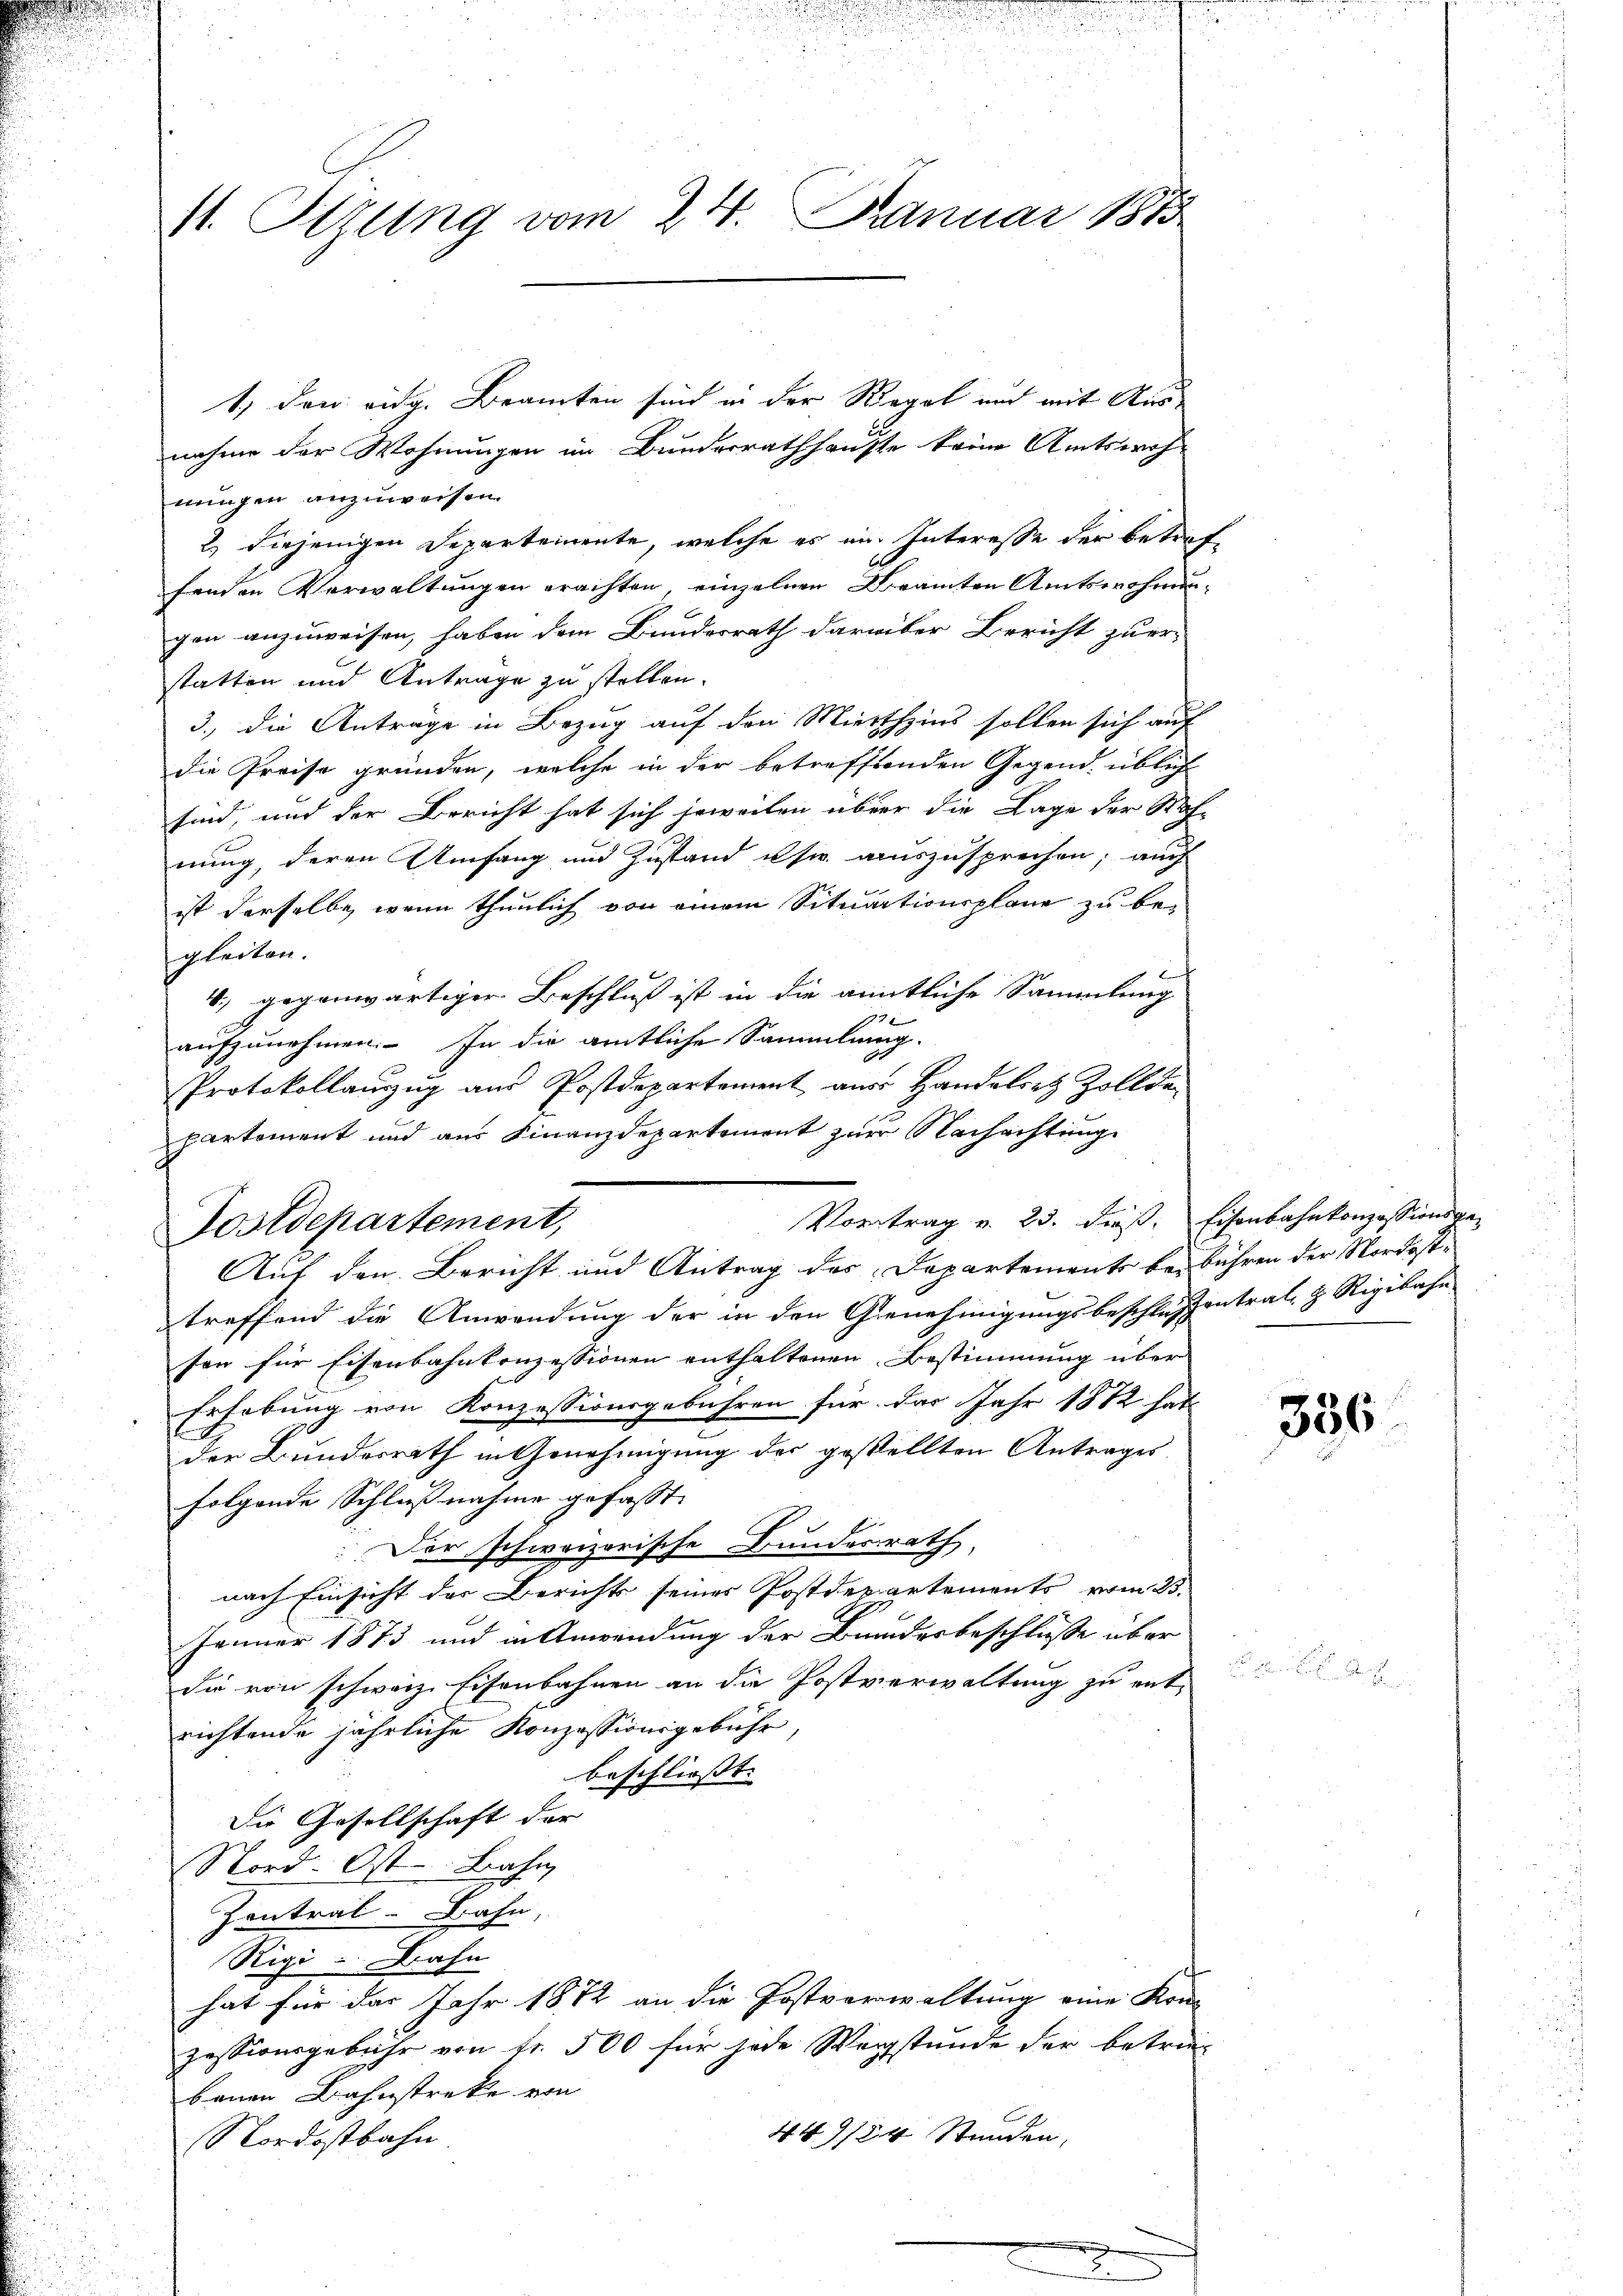
11. Sitzung vom 24. Januar 1850

Postdepartement,

1.) den eidg. Beamten sind in der Regel auch mit Aus
nungen anzuweisen.
2.) Diejenigen Separtemente, welche es im Interesse der betrefenden Verwaltungen erachten, einzelnen Beamten Amtswohnungen anzuweisen, haben dem Bundesrath darüber Bericht zuer-
statten und Antrage zu stellen.
3.) Die Antrage in Bezug auf den Miethzins sollen sich auf
die Preise gründen, welche in der betreffenden Gegend üblich
sind, und der Bericht hat sich jeweilen über die Lage der Nach-
nung, deren Umfang und Zustand usw. auszusprechen; auch
ist derselbe, wenn thunlich von einem Situationsplane zu begleiten.
B
4. gegenwärtiger Beschluß ist in die amtliche Sammlung
17
aufzunehmen. In die amtliche Sammlung.
Protokollanzzug aus Postdepartement aus Handelrez Zollde
partement und aus Finanzdepartement zur Nachachtung
Auf den Bericht und Antrag des Departements bebühren der Nordosttreffend die Anwendung der in den Genehmigungsbeschlussentrat, z. Rigibahn
sen für Eisenbahnkonzessionen enthaltenen Bestimmung über
Erhebung von Konzessionsgebühren für das Jahr 1882 hat
der Bundesrath in Genehmigung der gestellten Antrages
folgende Schlußnahme gefasst.
E
Der schweizerische Bundesrath,
nach Einsicht der Berichts seiner Postdepartements vom 25.
Jänner 1873 und in Anwendung der Bundesbeschlüsse über
die von schweiz. Eisenbahnen an die Postverwaltung zu ent-
richtende jährliche Konzessionsgebühr,
beschliesst. |
Die Gesellschaft der
Nord. Ost Bahn
Zontral Bahn,
Rigi u. Bahn
hat für das Jahr 1872 an die Postverwaltung eine Kon-
zessionsgebühr von fr. 500 für jede Wegstunde der betrie
bauen Bahnstreke von
449/24 Stunden,
Nordostbahn

nahme der Wohnungen im Bunderrathhauste keine Amtswoh-

Vortrag u. 23. dieß, Eisenbahnkonzessionsge¬

356